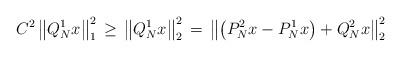
LaTeX: \begin{align*}C^2 \left\|Q_N^{1}x\right\|_1^{2}\, \ge\, \left\|Q_N^{1}x\right\|_2^{2}\, = \, \left\|\left(P_N^{2}x-P_N^{1}x\right)+Q_N^{2}x\right\|_2^{2} \end{align*}